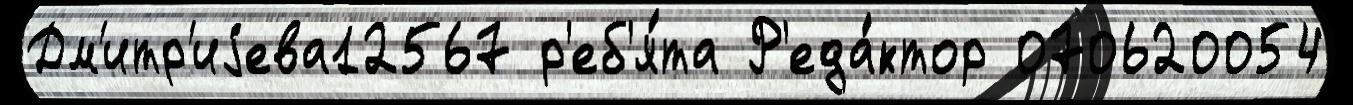
Дм'итр'иjева12567 р'еб'я́та Р'еда́ктор 070620054